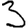
Digit: 3